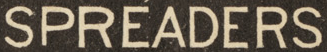
SPREADERS